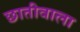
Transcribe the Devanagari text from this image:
छातीवाला